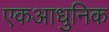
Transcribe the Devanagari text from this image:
एकआधुनिक